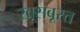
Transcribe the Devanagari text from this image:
खूसबूरत